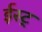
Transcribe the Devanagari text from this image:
ईस्ट्